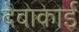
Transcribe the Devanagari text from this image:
देवाकाई